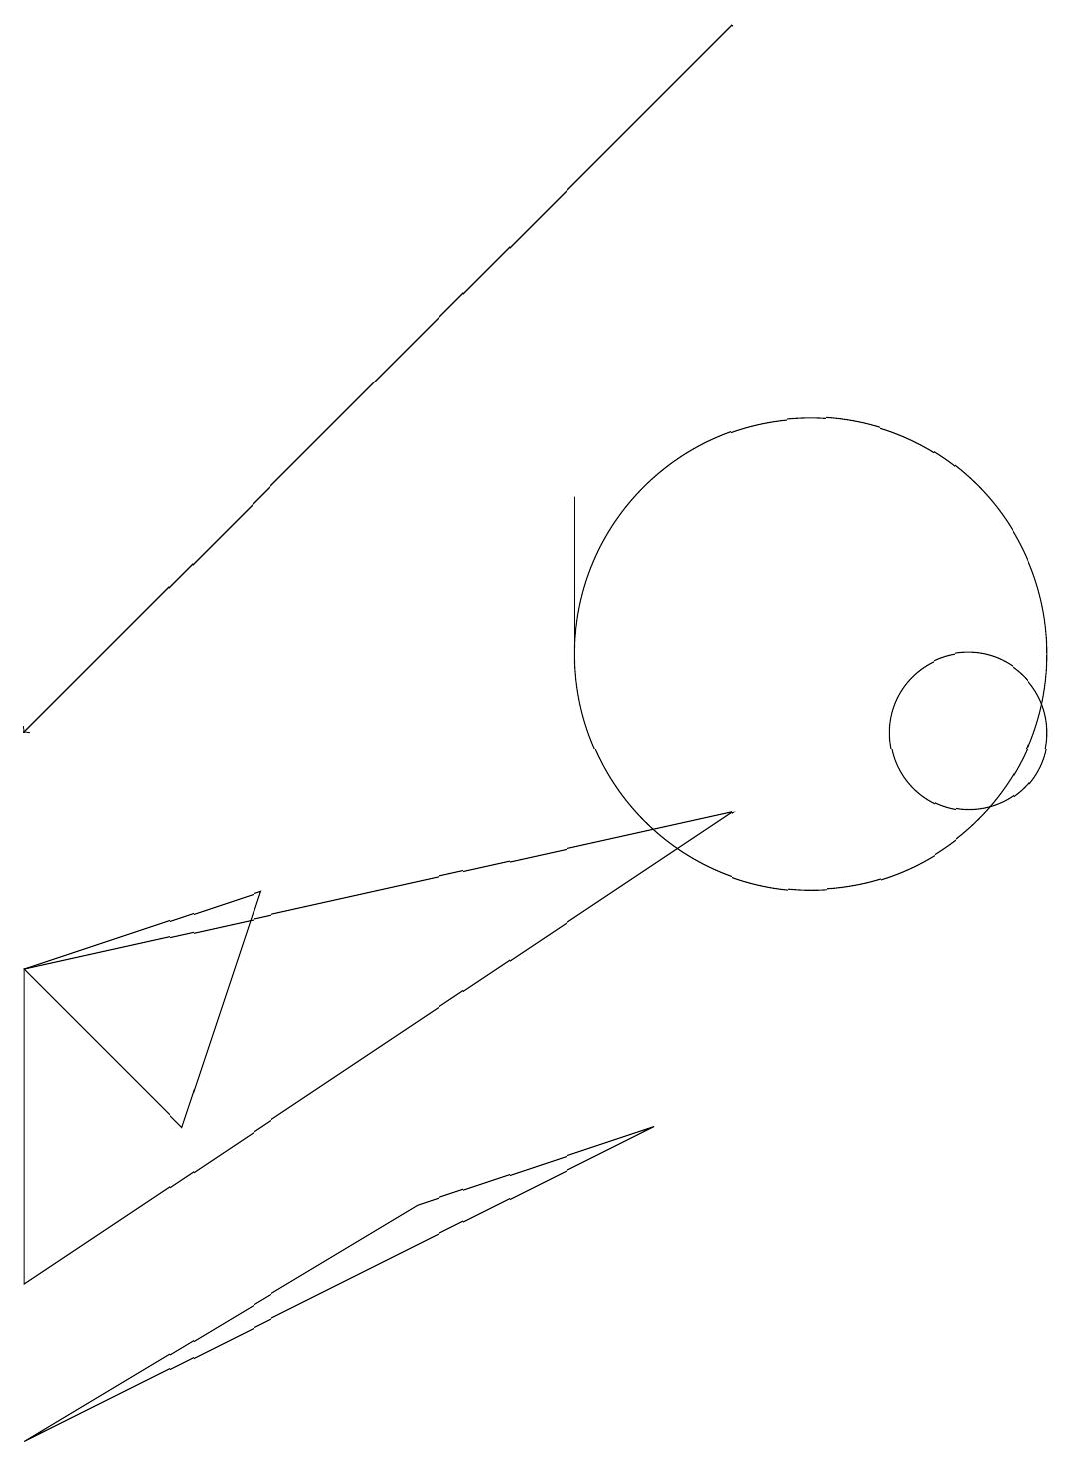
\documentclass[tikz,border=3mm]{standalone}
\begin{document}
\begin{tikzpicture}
\draw (0,3) -- (9,9) -- (0,7) -- cycle;
\draw (12,10) circle (1);
\draw (10,11) circle (3);
\draw (7,11) rectangle (7,13);
\draw (2,5) -- (0,7) -- (3,8) -- cycle;
\draw (0,1) -- (5,4) -- (8,5) -- cycle;
\draw[->] (9,19) -- (0,10);
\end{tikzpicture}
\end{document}